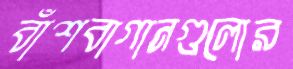
বাঁশবাগানগুলোর